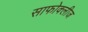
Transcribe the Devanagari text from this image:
साफोक्लीज